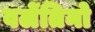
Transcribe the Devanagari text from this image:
वलेंतिनो